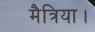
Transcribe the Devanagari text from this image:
मैत्रिया।